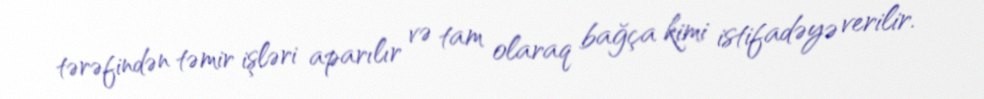
tərəfindən təmir işləri aparılır və tam olaraq bağça kimi istifadəyə verilir.